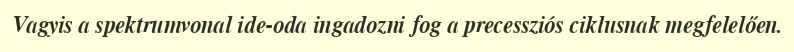
Vagyis a spektrumvonal ide-oda ingadozni fog a precessziós ciklusnak megfelelően.